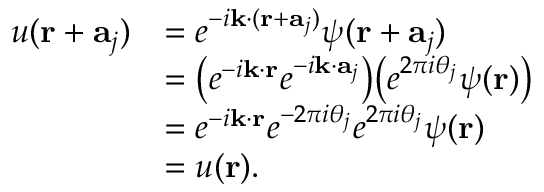
{ \begin{array} { r l } { u ( \mathbf { r } + \mathbf { a } _ { j } ) } & { = e ^ { - i \mathbf { k } \cdot ( \mathbf { r } + \mathbf { a } _ { j } ) } \psi ( \mathbf { r } + \mathbf { a } _ { j } ) } \\ & { = { \big ( } e ^ { - i \mathbf { k } \cdot \mathbf { r } } e ^ { - i \mathbf { k } \cdot \mathbf { a } _ { j } } { \big ) } { \big ( } e ^ { 2 \pi i \theta _ { j } } \psi ( \mathbf { r } ) { \big ) } } \\ & { = e ^ { - i \mathbf { k } \cdot \mathbf { r } } e ^ { - 2 \pi i \theta _ { j } } e ^ { 2 \pi i \theta _ { j } } \psi ( \mathbf { r } ) } \\ & { = u ( \mathbf { r } ) . } \end{array} }